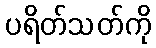
ပရိတ်သတ်ကို